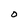
Character: O